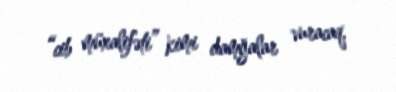
“cib müxalifəti” kimi damğalar vuracaq.